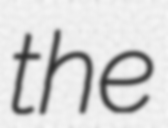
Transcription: the